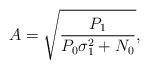
LaTeX: \begin{align*}A =\sqrt{\frac{P_1}{P_0\sigma_1^2+N_0}},\end{align*}